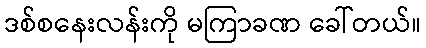
ဒစ်စနေးလန်းကို မကြာခဏ ခေါ်တယ်။